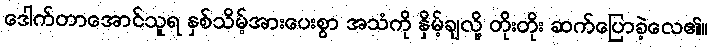
ဒေါက်တာအောင်သူရ နှစ်သိမ့်အားပေးစွာ အသံကို နှိမ့်ချလို့ တိုးတိုး ဆက်ပြောခဲ့လေ၏။